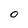
Character: 0